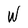
Character: W